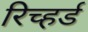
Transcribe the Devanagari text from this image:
रिच्हर्ड